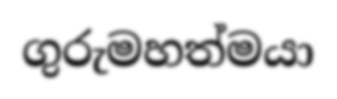
ගුරුමහත්මයා